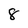
Character: 8